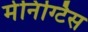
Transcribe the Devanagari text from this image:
मेनिंग्टिस